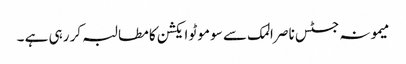
میمونہ جسٹس ناصر المک سے سو موٹو ایکشن کا مطالبہ کر رہی ہے ۔